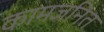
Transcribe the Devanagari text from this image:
कामजनित